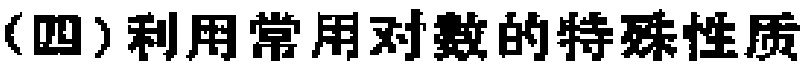
（四）利用常用对数的特殊性质